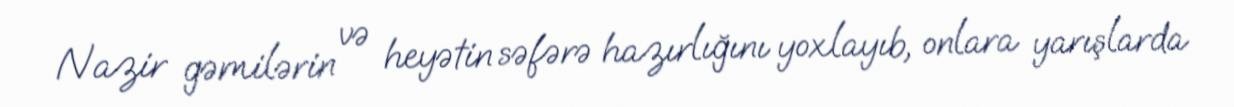
Nazir gəmilərin və heyətin səfərə hazırlığını yoxlayıb, onlara yarışlarda